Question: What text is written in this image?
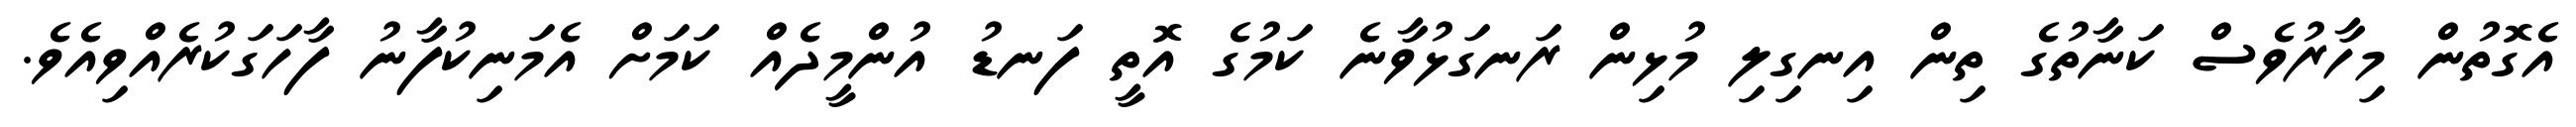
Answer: އެގޮތުން މިހާރުވެސް ކަނާތުގެ ތިން އިނގިލި މުޅިން ރަނގަޅުވާނެ ކަމުގެ އޮތީ ފަނޑު އުންމީދެއް ކަމަށް އެމަނިކުފާނު ފާހަގަކުރެއްވިއެވެ.